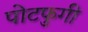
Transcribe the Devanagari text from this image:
पोटफुगी